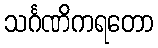
သင်္ဂဏိကရတော